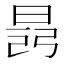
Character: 𣇎